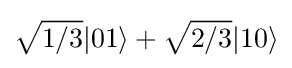
{\sqrt {1/3}}|01\rangle +{\sqrt {2/3}}|10\rangle